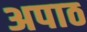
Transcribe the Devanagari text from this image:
अपाठ